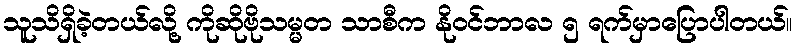
သူသိရှိခဲ့တယ်လို့ ကိုဆိုဗိုသမ္မတ သာစီက နိုဝင်ဘာလ ၅ ရက်မှာပြောပါတယ်။